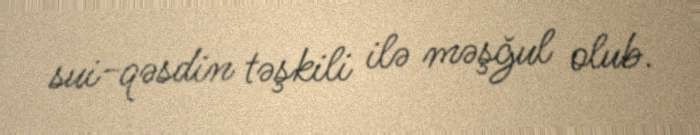
sui-qəsdin təşkili ilə məşğul olub.